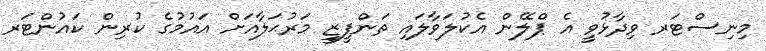
މިނިސްޓަރ ވިދާޅުވީ އެ ޕްލޭން އެކުލަވާލައި ތަންފީޒީ މަރުޙަލާއަށް އައުމުގެ ކުރިން ކައުންޓަރ